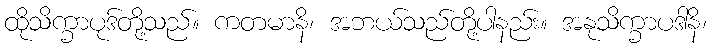
ထိုသိက္ခာပုဒ်တို့သည်။ ကတမာနိ၊ အဘယ်သည်တို့ပါနည်း။ အနုသိက္ခာပဒါနိ၊